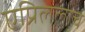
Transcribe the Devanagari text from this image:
एप्रिललाच